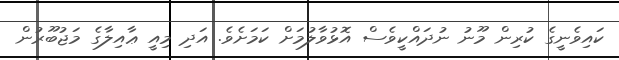
ކައިވެނީގެ ކުރިން މޫނު ނުދައްކީވެސް އޮޅުވާލުމަށް ކަމަށެވެ. އަދި މިއީ ޢާއިލާގެ މަޖުބޫރުން